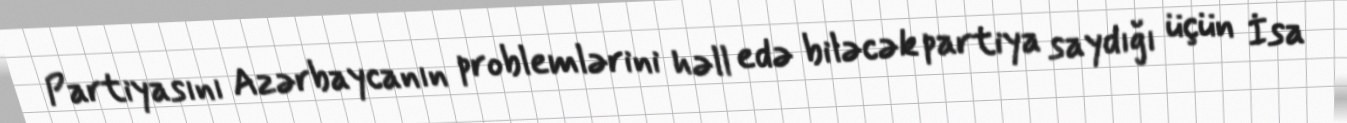
Partiyasını Azərbaycanın problemlərini həll edə biləcək partiya saydığı üçün İsa